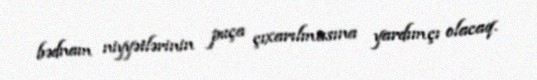
bədnam niyyətlərinin puça çıxarılmasına yardımçı olacaq.